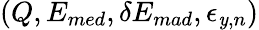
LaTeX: (Q,E_{med},\delta{}E_{mad},\epsilon_{\mathit{y},n})